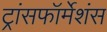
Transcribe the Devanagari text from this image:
ट्रांसफॉर्मेशंस